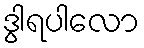
ဒွါရပါလော